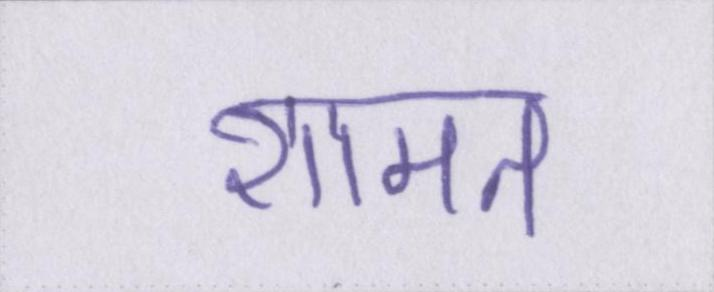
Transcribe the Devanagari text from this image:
शामत